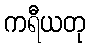
ကရီယတု